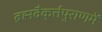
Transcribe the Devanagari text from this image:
ब्रह्मवैक्‌र्त्तपुराणमें